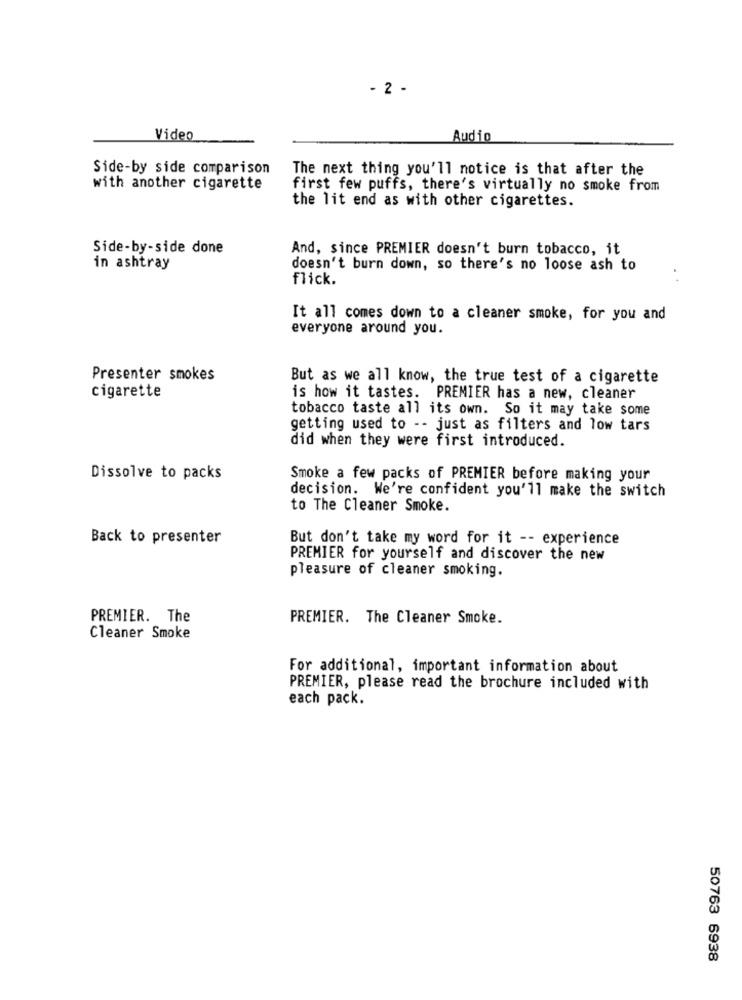
- 2 -
Video
Audio
Side-by side comparison
The next thing you'll notice is that after the
with another cigarette
first few puffs, there's virtually no smoke from
the lit end as with other cigarettes.
Side-by-side done
And, since PREMIER doesn't burn tobacco, it
in ashtray
doesn't burn down, so there's no loose ash to
flick.
It all comes down to a cleaner smoke, for you and
everyone around you.
Presenter smokes
But as we all know, the true test of a cigarette
cigarette
is how it tastes. PREMIER has a new, cleaner
tobacco taste all its own. So it may take some
getting used to -- just as filters and low tars
did when they were first introduced.
Dissolve to packs
Smoke a few packs of PREMIER before making your
decision. We're confident you'll make the switch
to The Cleaner Smoke.
Back to presenter
But don't take my word for it -- experience
PREMIER for yourself and discover the new
pleasure of cleaner smoking.
PREMIER. The
PREMIER. The Cleaner Smoke.
Cleaner Smoke
For additional, important information about
PREMIER, please read the brochure included with
each pack.
50763 6938